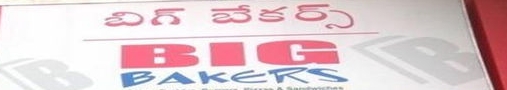
Language: telugu
Transcription: బిగ్ బేకర్స్